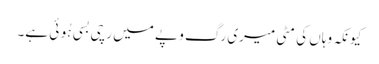
کیونکہ وہاں کی مٹی میری رگ و پے میں رچی بسی ہُوئی ہے۔